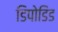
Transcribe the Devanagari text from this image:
डिपोडिड